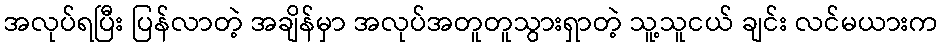
အလုပ်ရပြီး ပြန်လာတဲ့ အချိန်မှာ အလုပ်အတူတူသွားရှာတဲ့ သူ့သူငယ် ချင်း လင်မယားက